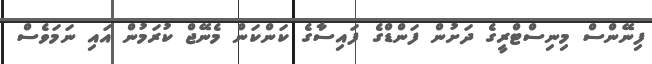
ފިނޭންސް މިނިސްޓްރީގެ ދަށުން ފަންޑްގެ ފައިސާގެ ކަންކަން މެނޭޖް ކުރަމުން އައި ނަމަވެސް